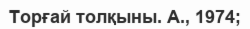
Торғай толқыны. А., 1974;